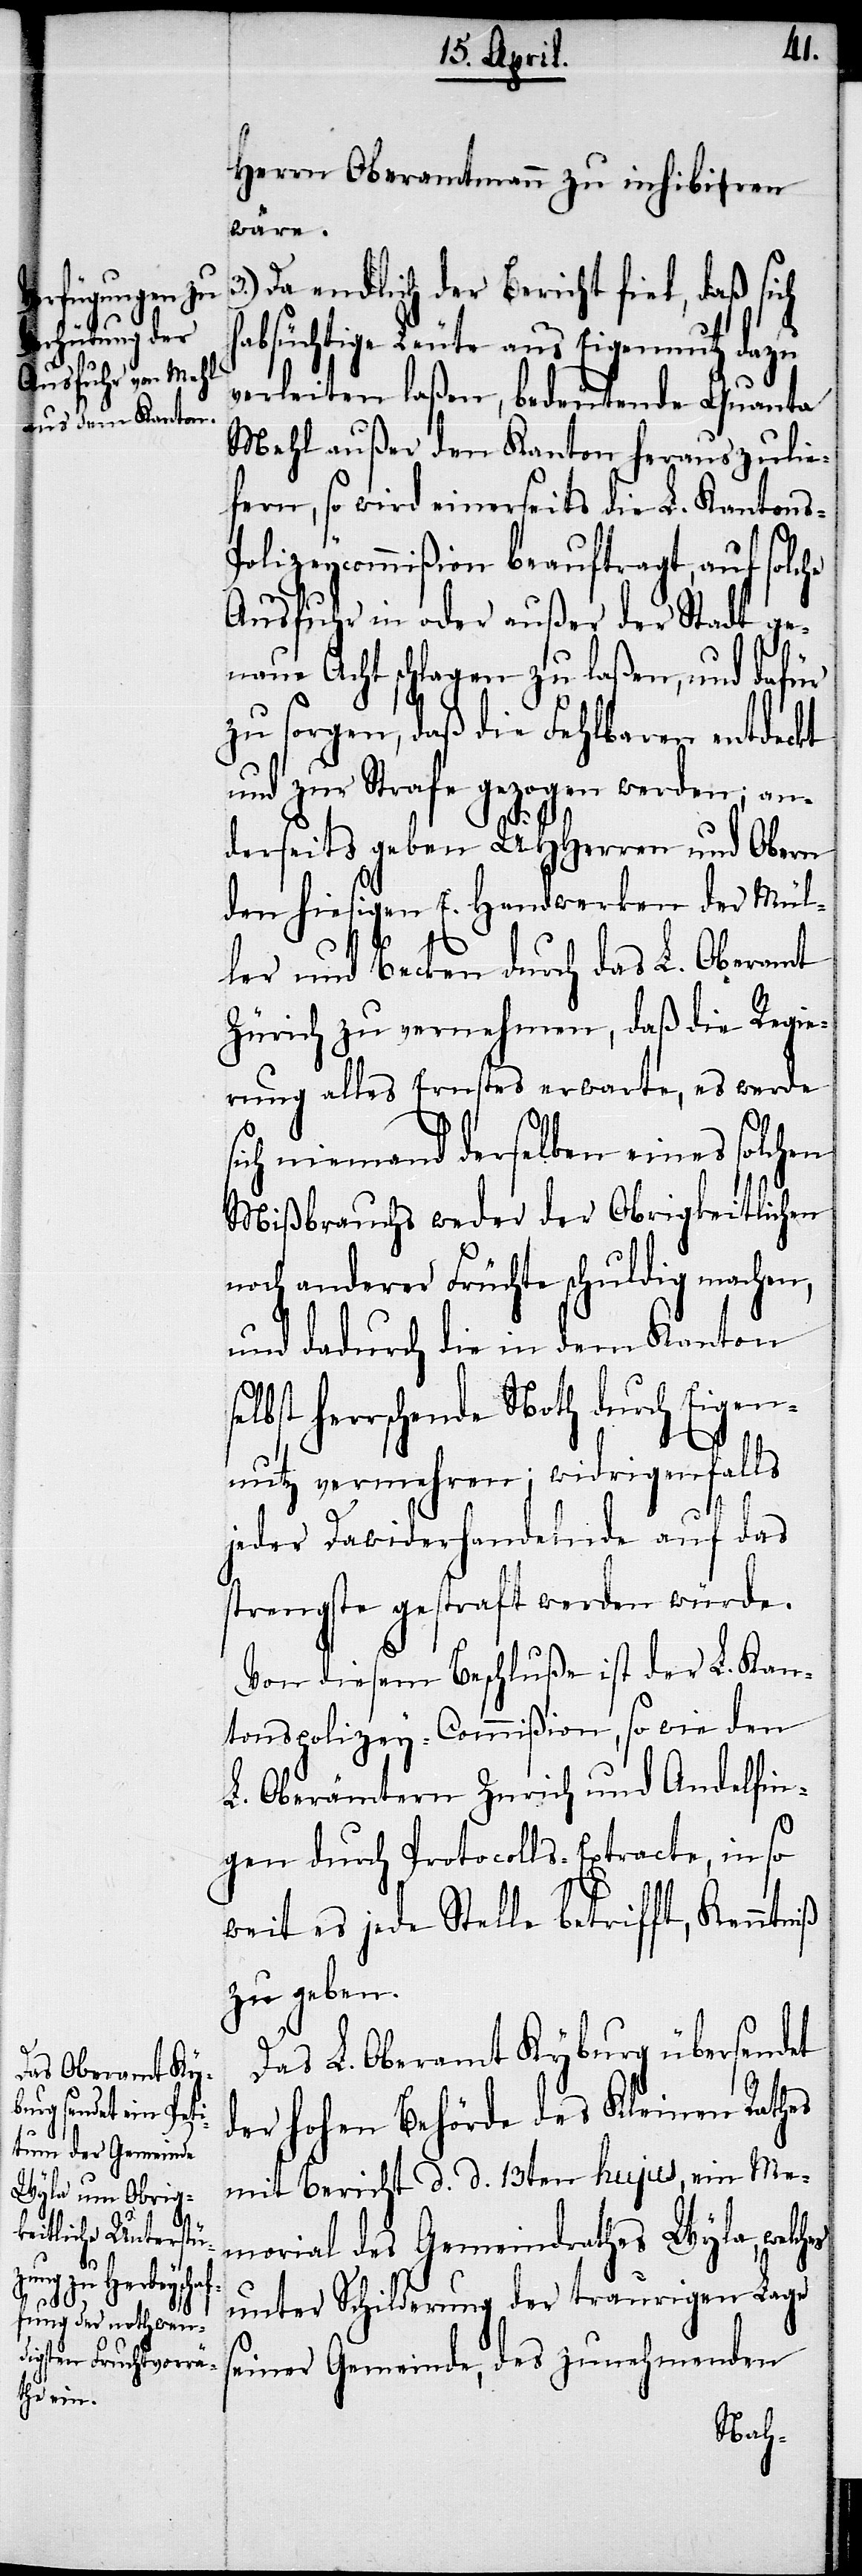
Herrn Oberamtmann zu inhibiren
wäre.
3.) Da endlich der Bericht fiel, daß sich
habsüchtige Leute aus Eigennutz dazu
verleiten laßen, bedeutende Quanta
Mehl außer den Kanton herauszulie¬
fern, so wird einerseits die L. Kantons-P¬
olizeycommißion beauftragt, auf solc¬
Ausfuhr in oder außer der Stadt ge¬
naue Acht schlagen zu laßen, und dafür
zu sorgen, daß die Fehlbaren entdeckt
und zur Strafe gezogen werden; an¬
derseits geben UHHerren und Obern
den hiesigen E. Handwerken der Mül¬
s¬
ler und Becken durch das L. Oberamt
Zürich zu vernehmen, daß die Regie¬
rung alles Ernstes erwarte, es werde
ich niemand derselben eines solchen
Mißbrauchs weder der Obrigkeitlichen
noch anderer Früchte schuldig machen,
und dadurch die in dem Kanton
elbst herrschende Noth durch Eigen¬
nutz vermehren; widrigenfalls
jeder Dawiderhandelnde auf das
strengste gestraft werden würde.
Von diesem Beschluße ist der L. Kan¬
tonspolizey-Commißion, so wie den
L. Oberämtern Zürich und Andelfin¬
gen durch Protocolls-Extracte, in so
weit es jede Stelle betrifft, Kenntniß
zu geben.
Das L. Oberamt Kyburg übersendet
der hohen Behörde des Kleinen Rathes
mit Bericht d. d. 13ten hujus, ein Me¬
morial des Gemeindrathes Wyla, welches
unter Schilderung der traurigen Lage
einer Gemeinde, des zunehmenden